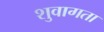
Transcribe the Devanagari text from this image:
शुवागता